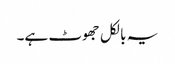
یہ بالکل جھوٹ ہے۔